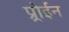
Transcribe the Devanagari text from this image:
प्र्रोईन